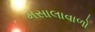
મસાલાવાળો